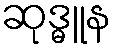
ဆုဒ္ဓူန